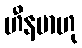
ဟီနမာဟု